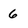
Character: 6